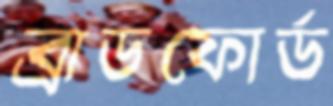
ব্রাডফোর্ড